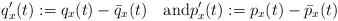
LaTeX: \begin{align*}q'_x(t):=q_x(t)-\bar q_x(t)\quad\mbox{and} p'_x(t):=p_x(t)-\bar p_x(t)\end{align*}